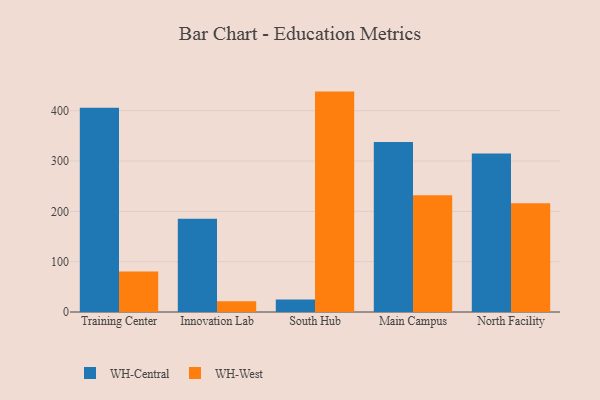
{"axis": {"x": "Campus", "y": "Headcount"}, "legend": ["WH-Central", "WH-West"], "data": [{"x": "Training Center", "y": 406.1, "type": "WH-Central"}, {"x": "Training Center", "y": 80.6, "type": "WH-West"}, {"x": "Innovation Lab", "y": 185.4, "type": "WH-Central"}, {"x": "Innovation Lab", "y": 21.3, "type": "WH-West"}, {"x": "South Hub", "y": 25.0, "type": "WH-Central"}, {"x": "South Hub", "y": 438.0, "type": "WH-West"}, {"x": "Main Campus", "y": 337.8, "type": "WH-Central"}, {"x": "Main Campus", "y": 231.9, "type": "WH-West"}, {"x": "North Facility", "y": 315.0, "type": "WH-Central"}, {"x": "North Facility", "y": 216.1, "type": "WH-West"}]}